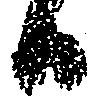
日